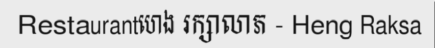
Restaurantហេង រក្សាលាភ - Heng Raksa